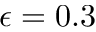
\epsilon = 0 . 3